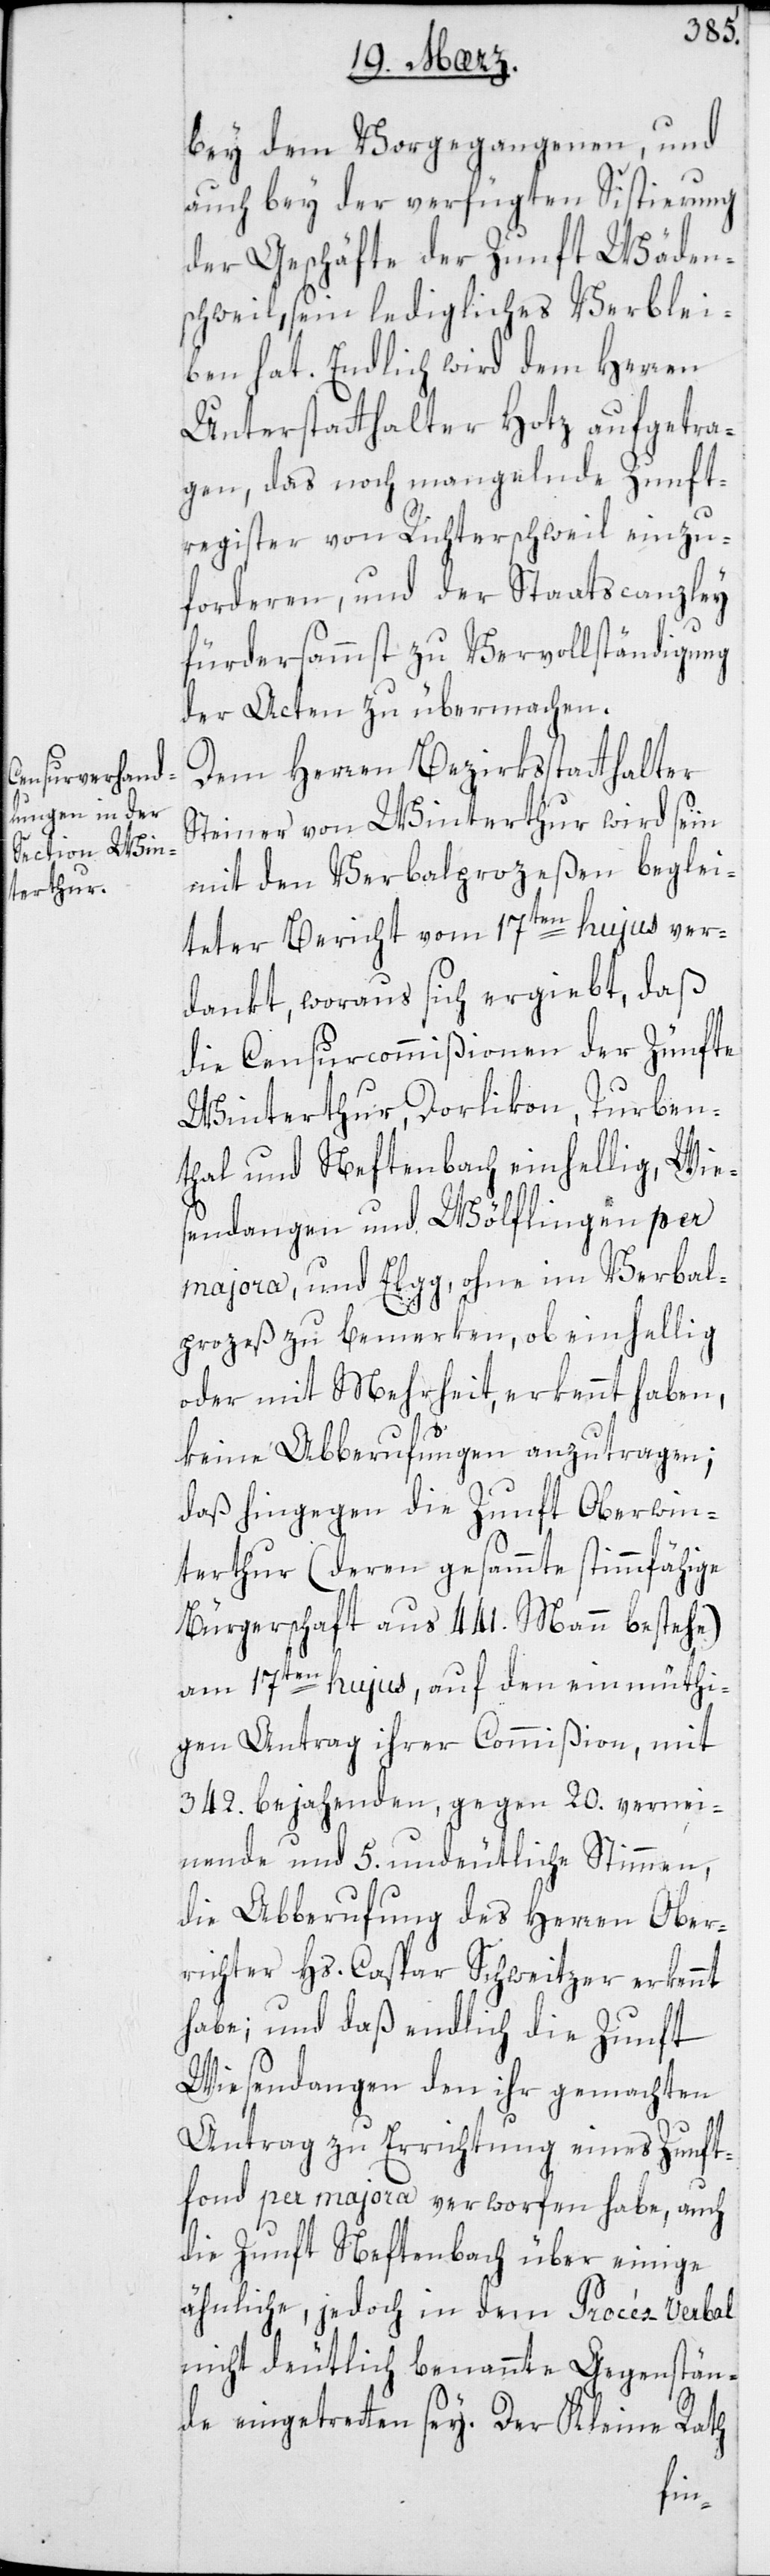
bey dem Vorgegangenen und
auch bey der verfügten Sistierung
der Geschäfte der Zunft Wäden¬
schweil, sein ledigliches Verblei¬
ben hat. Endlich wird dem Herren
Unterstatthalter Hotz aufgetra¬
gen, das noch mangelnde Zunft¬
register von Richterschweil einzu¬
forderen, und der Staatscanzley
fürdersamst zu Vervollständigung
der Acten zu übermachen.
Dem Herren Bezirksstatthalter
Steiner von Winterthur wird sein
mit den Verbalprozeßen beglei¬
teter Bericht vom 17ten hujus ver¬
dankt, woraus sich ergiebt, daß
die Censurcommißionen der Zünfte
Winterthur, Dorlikon, Turben¬
thal und Neftenbach einhellig, Wie¬
sendangen und Wölflingen per
majora, und Elgg, ohne im Verbal¬
prozeß zu bemerken, ob einhellig
oder mit Mehrheit erkennt haben,
keine Abberufungen anzutragen;
daß hingegen die Zunft Oberwin¬
terthur (deren gesammte stimmfähige
Bürgerschaft aus 441. Mann bestehe)
am 17ten hujus, auf den einmüthi¬
gen Antrag ihrer Commißion, mit
342. bejahenden, gegen 20. vernei¬
nende und 5. undeutliche Stimmen,
die Abberufung des Herren Ober¬
richters Hs. Caspar Schweitzer erkennt
habe; und daß endlich die Zunft
Wiesendangen den ihr gemachten
Antrag zu Errichtung eines Zunft¬
fond per majora verworfen habe, auch
die Zunft Neftenbach über einige
ähnliche, jedoch in dem Procés Verbal
nicht deutlich benannte Gegenstän¬
de eingetreten sei. Der Kleine Rath